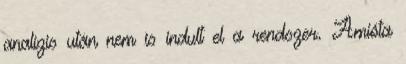
analízis után nem is indult el a rendszer. Amióta